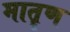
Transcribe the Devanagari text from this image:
मातॄण